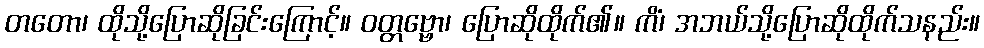
တတော၊ ထိုသို့ပြောဆိုခြင်းကြောင့်။ ဝတ္တဗ္ဗော၊ ပြောဆိုထိုက်၏။ ကိံ၊ အဘယ်သို့ပြောဆိုထိုက်သနည်း။